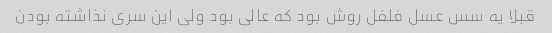
قبلا یه سس عسل فلفل روش‌ بود که عالی بود ولی این سری‌ نذاشته بودن